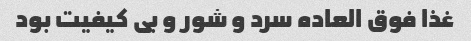
غذا فوق العاده سرد و شور و بى کیفیت بود